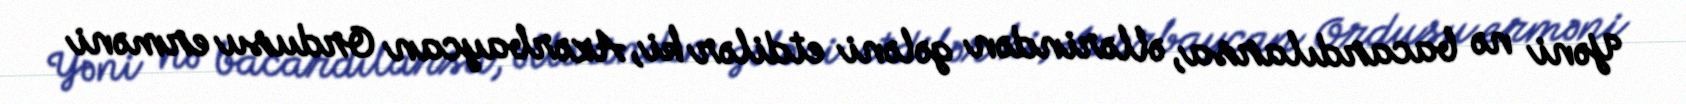
Yəni nə bacardılarsa, əllərindən gələni etdilər ki, Azərbaycan Ordusu erməni